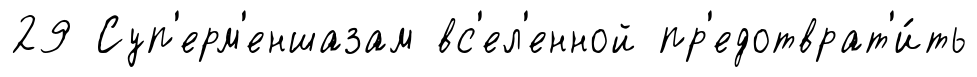
29 Суп'ерм'еншазам вс'ел'енной пр'едотврат'и́ть